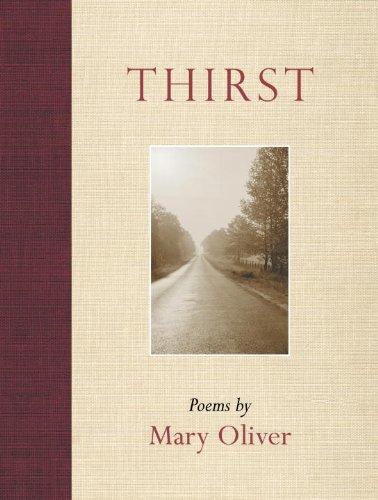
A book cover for Thirst: Poems; Mary Oliver; Literature & Fiction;